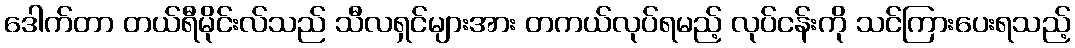
ဒေါက်တာ တယ်ရီမိုင်းလ်သည် သီလရှင်များအား တကယ်လုပ်ရမည့် လုပ်ငန်းကို သင်ကြားပေးရသည့်